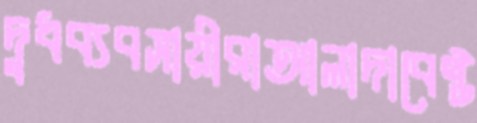
দুধব্যবসায়ীরাআলাদাবেষ্ট